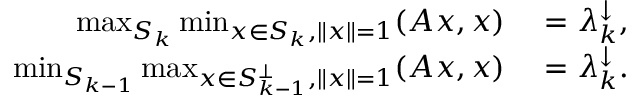
\begin{array} { r l } { \operatorname* { m a x } _ { S _ { k } } \operatorname* { m i n } _ { x \in S _ { k } , \| x \| = 1 } ( A x , x ) } & { { } = \lambda _ { k } ^ { \downarrow } , } \\ { \operatorname* { m i n } _ { S _ { k - 1 } } \operatorname* { m a x } _ { x \in S _ { k - 1 } ^ { \perp } , \| x \| = 1 } ( A x , x ) } & { { } = \lambda _ { k } ^ { \downarrow } . } \end{array}